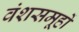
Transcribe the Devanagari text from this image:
वंशसमूहों